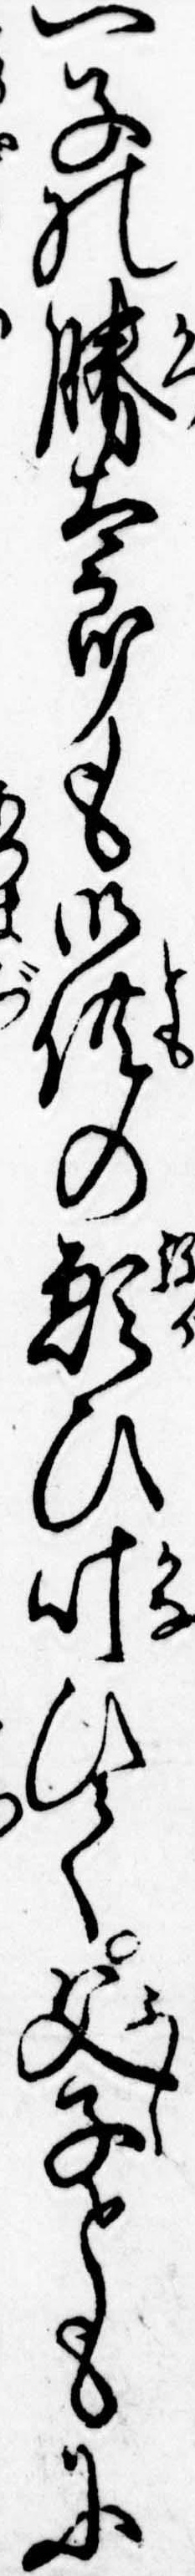
一子の勝太郎も御供の願ひ叶ひて父子ともに